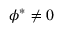
{ \phi } ^ { * } \neq 0